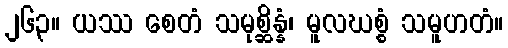
၂၆၃။ ယဿ စေတံ သမုစ္ဆိန္နံ၊ မူလဃစ္စံ သမူဟတံ။